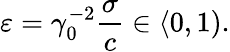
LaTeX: \varepsilon=\gamma_{0}^{-2}\frac{\sigma}{c}\in\langle 0,1).